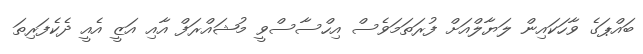
ބައްޕަގެ ވާހަކައިން ލަޔާލްއަށް ފުރަތަމަވެސް އިހްސާސްވީ މުޝައްރަފް އާއި އަޒީ އެއީ ދެކެފަރިތަ